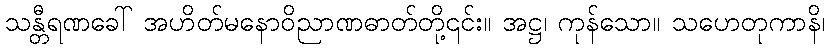
သန္တီရဏခေါ် အဟိတ်မနောဝိညာဏဓာတ်တို့၎င်း။ အဋ္ဌ၊ ကုန်သော။ သဟေတုကာနိ၊